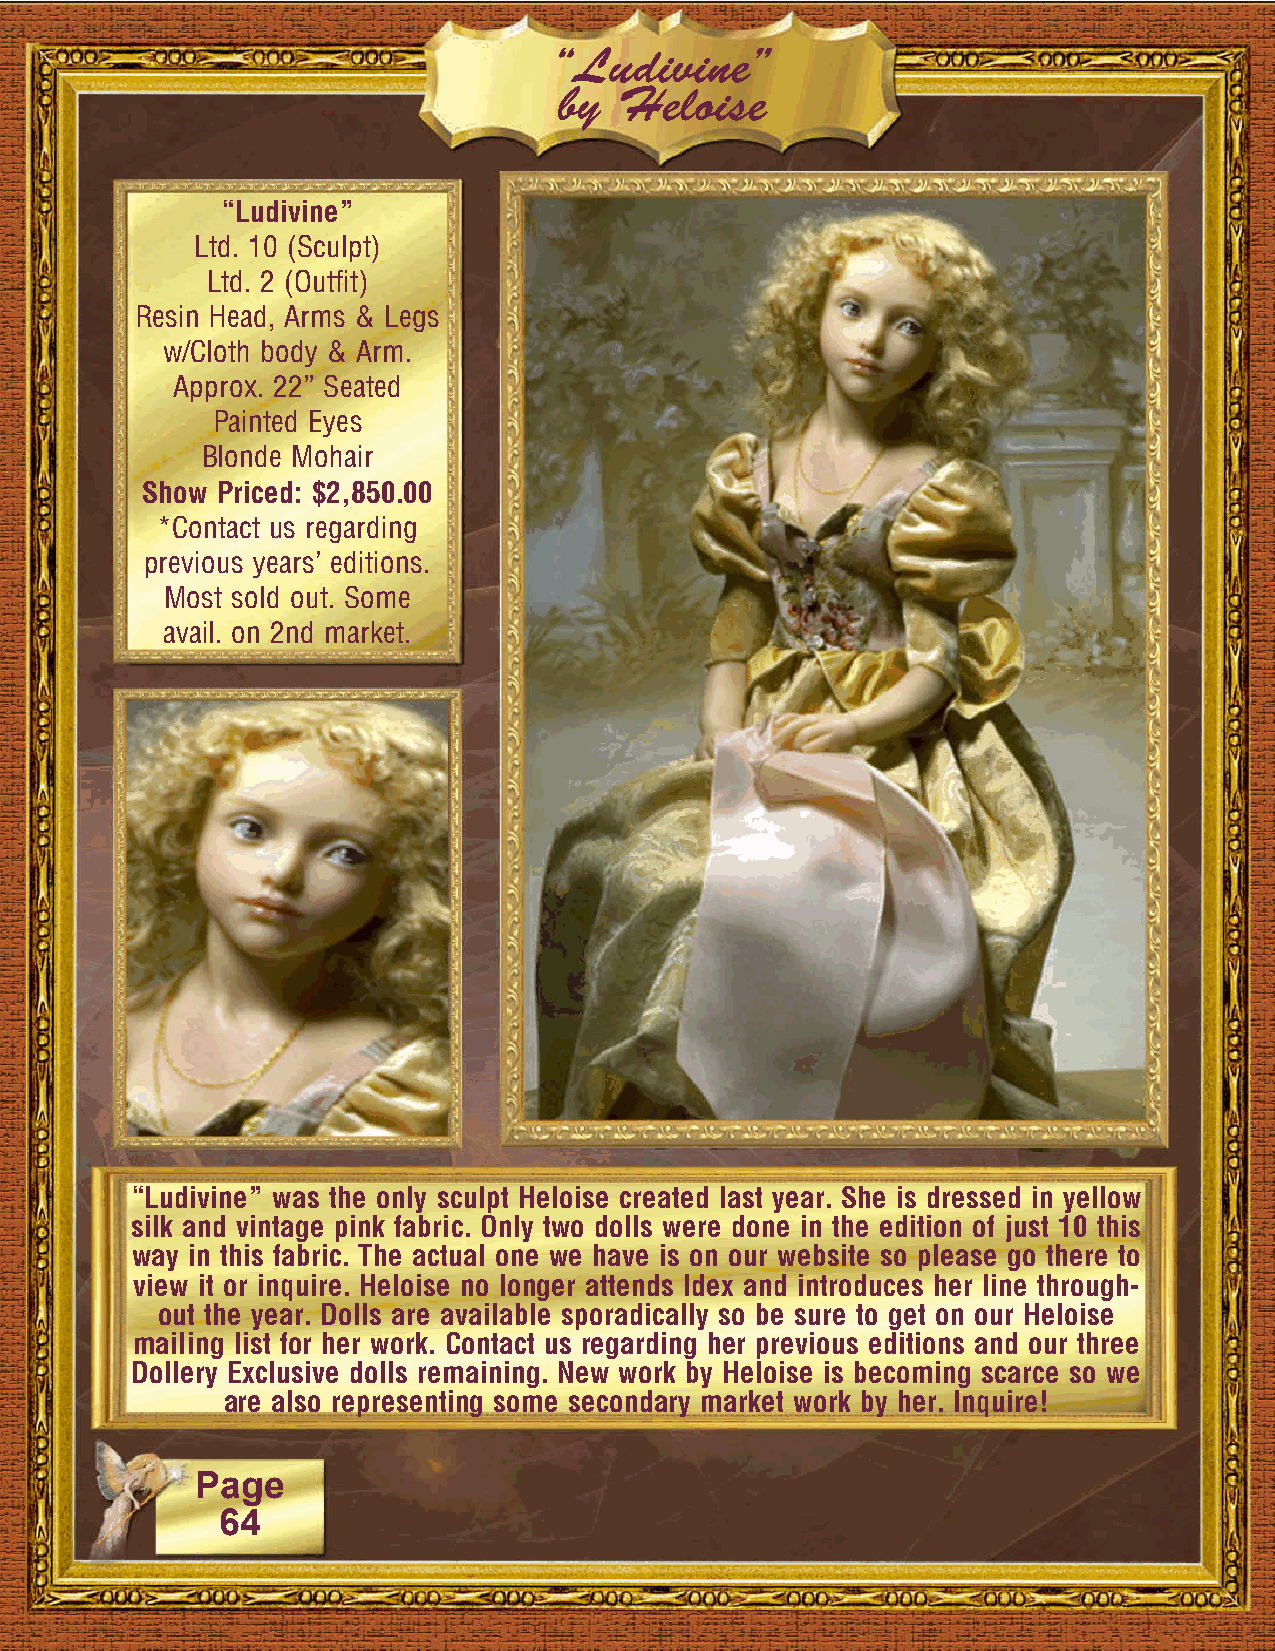
“Ludivine”
 by  Heloise
 “Ludivine”
 Ltd. 10 (Sculpt)
 Ltd. 2 (Outfit)
 Resin Head, Arms & Legs
 w/Cloth body & Arm.
 Approx. 22” Seated
 Painted Eyes
 Blonde Mohair
 Show Priced: $2,850.00
 *Contact us regarding
 previous years’ editions.
 Most sold out. Some
 avail. on 2nd market.
 “Ludivine” was the only sculpt Heloise created last year. She is dressed in yellow
 silk and vintage pink fabric. Only two dolls were done in the edition of just 10 this
 way in this fabric. The actual one we have is on our website so please go there to
 view it or inquire. Heloise no longer attends Idex and introduces her line through-
 out the year. Dolls are available sporadically so be sure to get on our Heloise
 mailing list for her work. Contact us regarding her previous editions and our three
 Dollery Exclusive dolls remaining. New work by Heloise is becoming scarce so we
 are also representing some secondary market work by her. Inquire!
 Page
 64